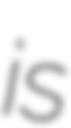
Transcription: is